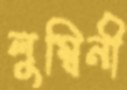
লুম্বিনী